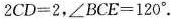
2 C D = 2$$，$$∠ B C E = 1 2 0 °$$.